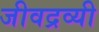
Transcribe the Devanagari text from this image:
जीवद्रव्यी